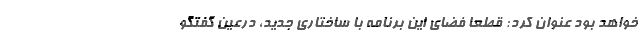
خواهد بود عنوان کرد: قطعا فضای این برنامه با ساختاری جدید، درعین گفتگو